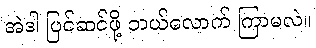
အဲဒါ ပြင်ဆင်ဖို့ ဘယ်လောက် ကြာမလဲ။